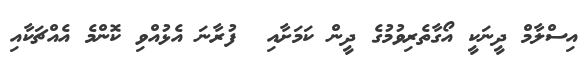
އިސްލާމް ދީނަކީ އޯގާތެރިވުމުގެ ދީން ކަމަށާއި  ފުރާނަ އެޅުއްވި ކޮންމެ އެއްޗަކާއި